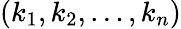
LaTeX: (k_{1},k_{2},\ldots,k_{n})